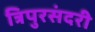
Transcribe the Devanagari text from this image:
त्रिपुरसंदरी